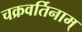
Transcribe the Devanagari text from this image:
चक्रवर्तिनाम्